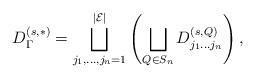
LaTeX: \begin{align*}D_{\Gamma}^{(s,*)}=\bigsqcup_{j_1,\dots ,j_n=1}^{|\mathcal{E}|}\left(\bigsqcup_{Q\in S_n}{D}_{j_1\dots j_n}^{(s,Q)}\right),\end{align*}